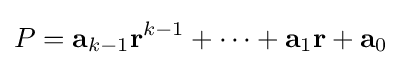
P=\mathbf {a} _{k-1}\mathbf {r} ^{k-1}+\dots +\mathbf {a} _{1}\mathbf {r} +\mathbf {a} _{0}